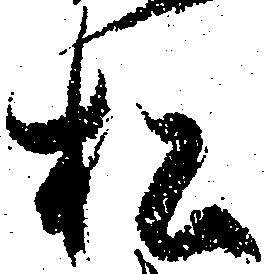
松